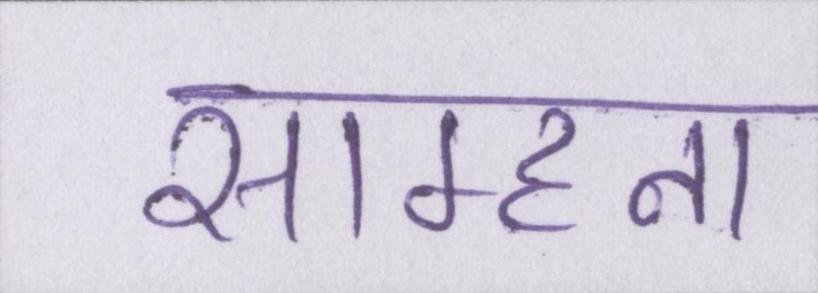
साम्हना